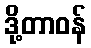
ဒို့တာဝန်